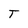
Character: T